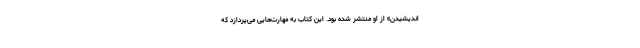
اندیشیدن» از او منتشر شده بود. این کتاب به مهارت‌هایی می‌پردازد که